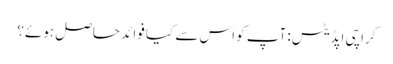
کراچی اپڈیٹس: آپ کو اس سے کیا فوائد حاصل ہوئے؟